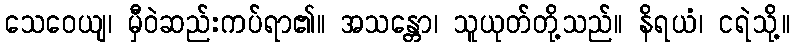
သေဝေယျ၊ မှီဝဲဆည်းကပ်ရာ၏။ အသန္တော၊ သူယုတ်တို့သည်။ နိရယံ၊ ငရဲသို့။